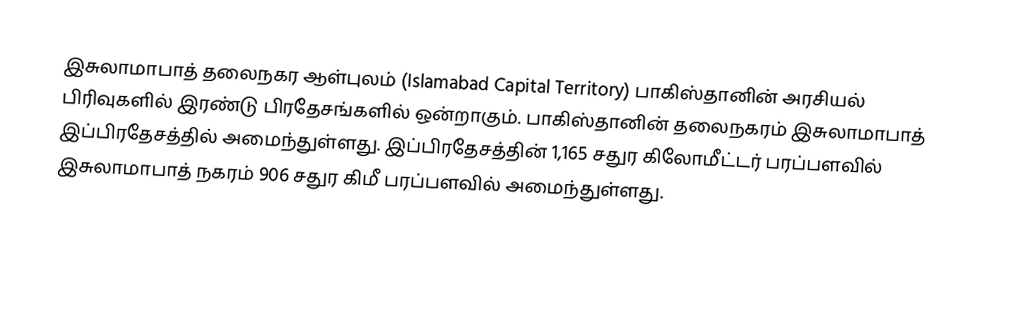
இசுலாமாபாத் தலைநகர ஆள்புலம் (Islamabad Capital Territory) பாகிஸ்தானின் அரசியல் பிரிவுகளில் இரண்டு பிரதேசங்களில் ஒன்றாகும். பாகிஸ்தானின் தலைநகரம் இசுலாமாபாத் இப்பிரதேசத்தில் அமைந்துள்ளது. இப்பிரதேசத்தின் 1,165 சதுர கிலோமீட்டர் பரப்பளவில் இசுலாமாபாத் நகரம் 906 சதுர கிமீ பரப்பளவில் அமைந்துள்ளது.